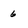
Character: 6